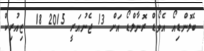
ބެލޮންޑިއޯ އެވޯޑް ރޮނާލްޑޯ އަށް 13 ޖެނުއަރީ 2015 18  ޒިއުރިކް